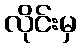
လိုင်းမှ